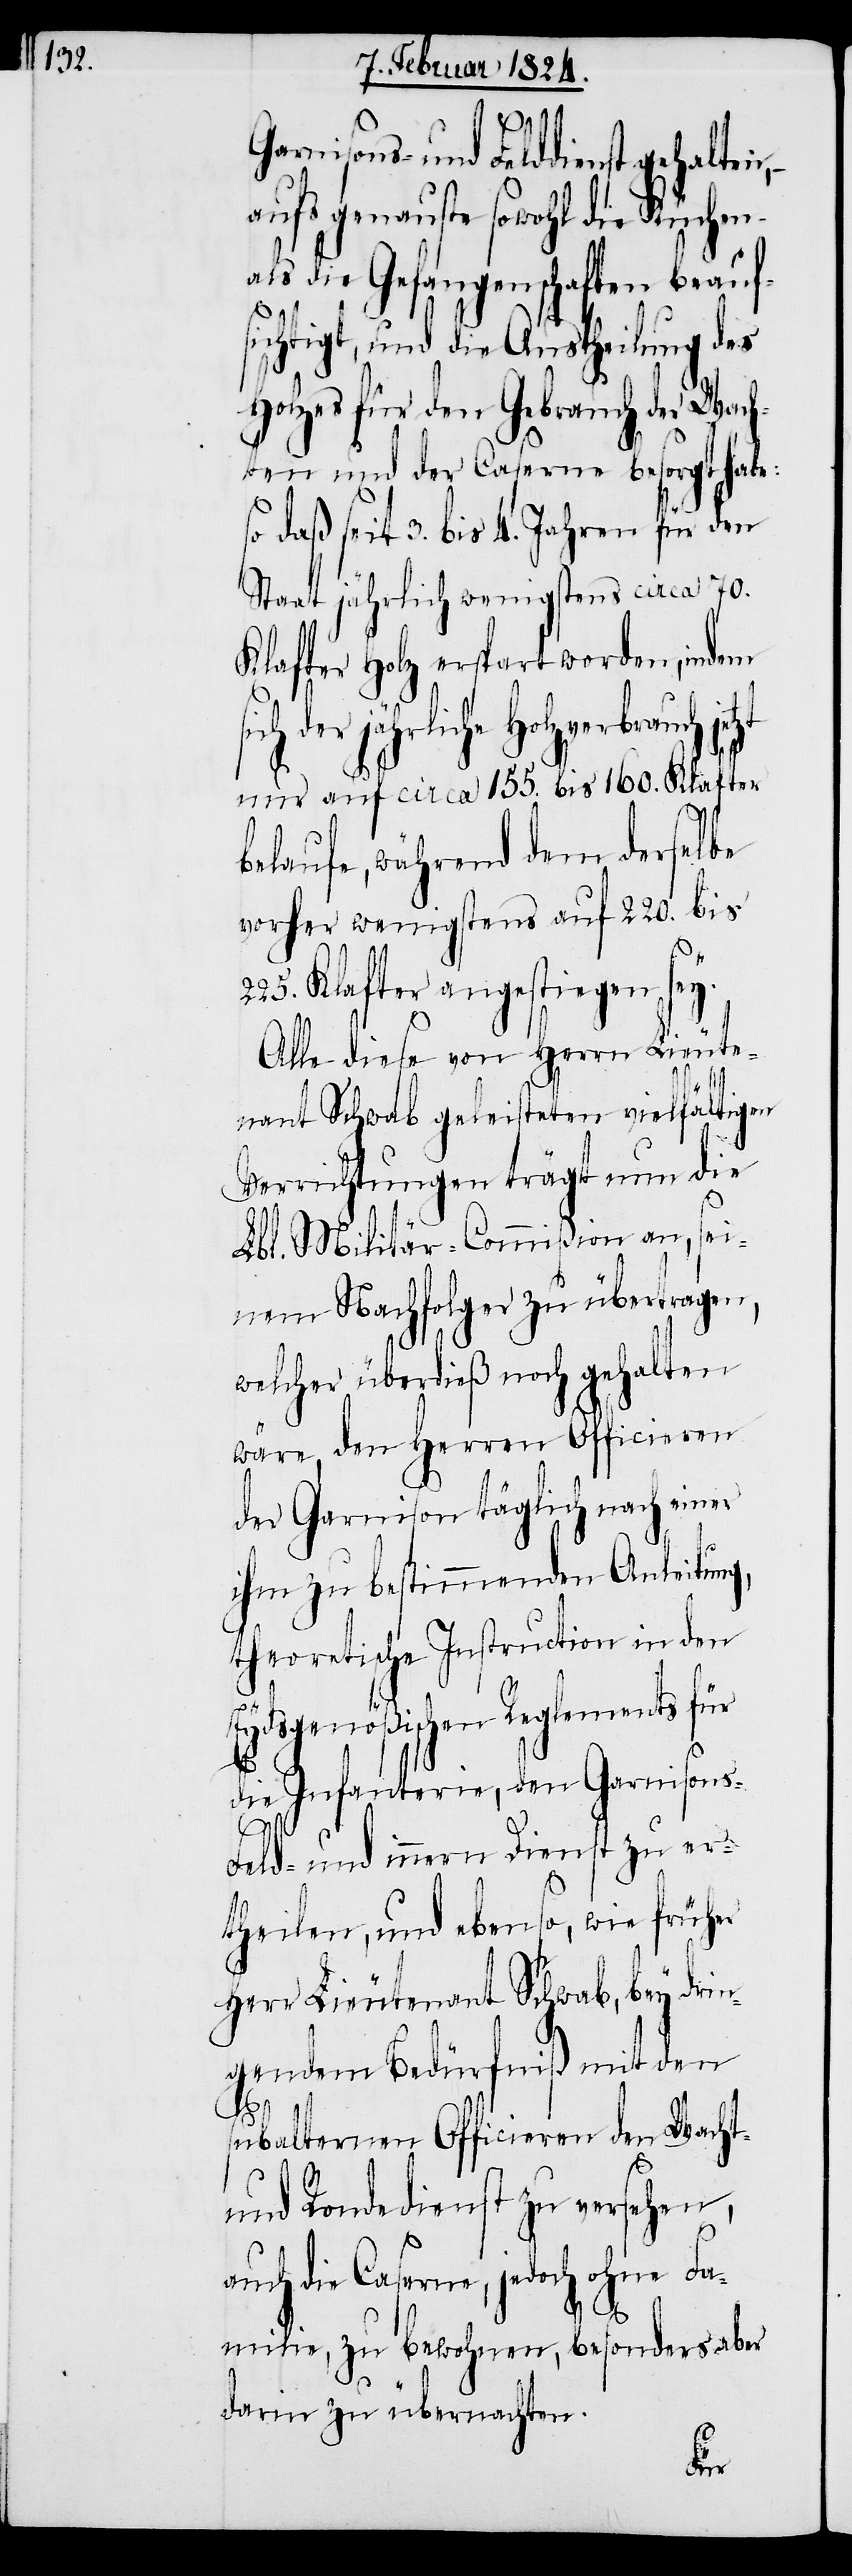
Garnisons- und Felddienst gehalten,
aufs genauste sowohl die Küchen-
als die Gefangenschaften beauf¬
sichtigt, und die Austheilung des
Holzes für den Gebrauch der Wach¬
ten und der Caserne besorgt habe:
daß seit 3. bis 4. Jahren für den
Staat jährlich wenigstens circa 70.
Klafter Holz erspart worden, indem
jährliche Holzverbrauch
nur auf circa 155. bis 160. Klafter
belaufe, während dem derselbe
vorher wenigstens auf 220. bis
Klafter angestiegen sey.
Alle diese von Herrn Lieute¬
nant Schwab geleisteten vielfältigen
Verrichtungen trägt nun die
Lbl. Militär-Commißion an, sei¬
nen Nachfolger zu übertragen,
welcher überdieß noch gehalten
wäre, den Herren Officieren
der Garnison täglich nach einer
ihm zu bestimmenden Anleitung,
theoretische Instruction in den
Eydsgenößischen Reglements für
die Infanterie, den Garnisons-
Feld- und innern Dienst zu er¬
theilen, und ebenso, wie früher
Herr Lieutenant Schwab, bey drin¬
gendem Bedürfniß mit den
der
subalternen Officieren den Wacht-
und Rondedienst zu versehen,
auch die Caserne, jedoch ohne Fa¬
milie, zu bewohnen, besonders aber
darin zu übernachten.